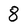
Character: 8